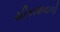
ચીકાશવાળો